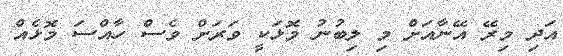
އަދި މިރޭ އޭނާއަށް މި ލިބުނު މޮޅަކީ ވަރަށް ވެސް ހާއްސަ މޮޅެއް